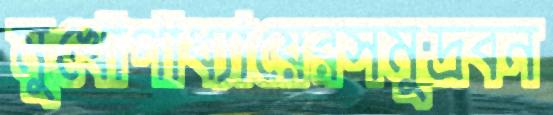
মুখোপাধ্যায়েরসমুদ্রবন